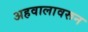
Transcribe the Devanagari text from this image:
अहवालावरून